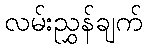
လမ်းညွှန်ချက်